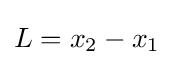
L=x_{2}-x_{1}